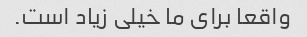
واقعا برای ما خیلی زیاد است.